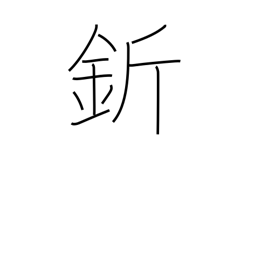
Meaning: adze